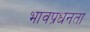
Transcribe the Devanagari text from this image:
भावप्रधनता